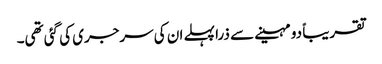
تقریباً دو مہینے سے ذرا پہلے ان کی سرجری کی گئی تھی۔